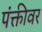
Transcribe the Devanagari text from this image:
पंक्तीवर